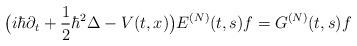
LaTeX: \begin{align*}\big(i\hbar\partial_t+\frac{1}{2}\hbar^2\Delta-V(t,x)\big) E^{(N)}(t,s)f=G^{(N)}(t,s)f\end{align*}